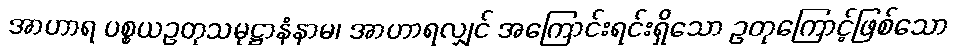
အာဟာရ ပစ္စယဥတုသမုဋ္ဌာနံနာမ၊ အာဟာရလျှင် အကြောင်းရင်းရှိသော ဥတုကြောင့်ဖြစ်သော